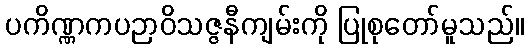
ပကိဏ္ဏကပဉာဝိသဇ္ဇနီကျမ်းကို ပြုစုတော်မူသည်။